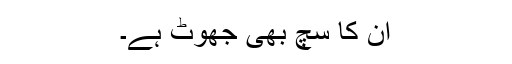
ان کا سچ بھی جھوٹ ہے۔